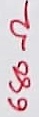
Text: 680Ω